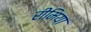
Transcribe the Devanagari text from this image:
रीमिया